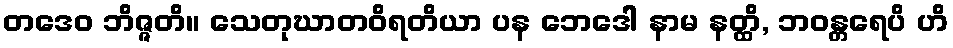
တဒေဝ ဘိဇ္ဇတိ။ သေတုဃာတဝိရတိယာ ပန ဘေဒေါ နာမ နတ္ထိ, ဘဝန္တရေပိ ဟိ